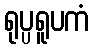
ရုပ္ပရူပကံ